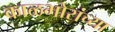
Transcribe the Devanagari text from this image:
काळभोरांच्या